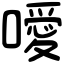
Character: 噯